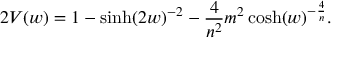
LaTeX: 2 V ( w ) = 1 - \sinh ( 2 w ) ^ { - 2 } - \frac { 4 } { n ^ { 2 } } m ^ { 2 } \cosh ( w ) ^ { - \frac { 4 } { n } } .